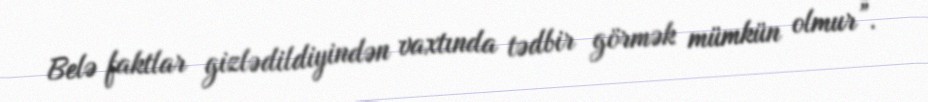
Belə faktlar gizlədildiyindən vaxtında tədbir görmək mümkün olmur”.